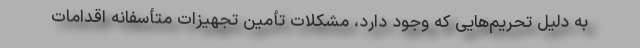
به دلیل تحریم‌هایی که وجود دارد، مشکلات تأمین تجهیزات متأسفانه اقدامات